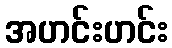
အဟင်းဟင်း